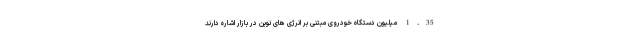
1.35 میلیون دستگاه خودروی مبتنی بر انرژی های نوین در بازار اشاره دارند